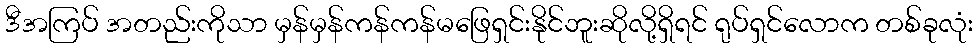
ဒီအကြပ် အတည်းကိုသာ မှန်မှန်ကန်ကန်မဖြေရှင်းနိုင်ဘူးဆိုလို့ရှိရင် ရုပ်ရှင်လောက တစ်ခုလုံး